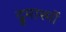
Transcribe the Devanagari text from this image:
द्रुमाश्मों